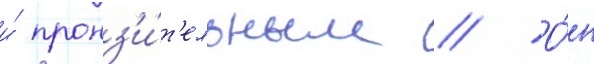
и́ пронз'и́т'ельным // О́н